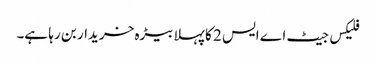
فلیکس جیٹ اے ایس 2 کا پہلا بیڑہ خریدار بن رہا ہے۔